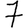
Digit: 7